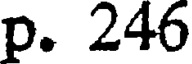
p. 246